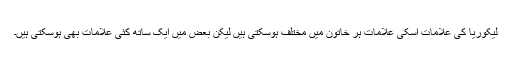
لیکوریا کی علامات اسکی علامات ہر خاتون میں مختلف ہوسکتی ہیں لیکن بعض میں ایک ساتھ کئی علامات بھی ہوسکتی ہیں۔